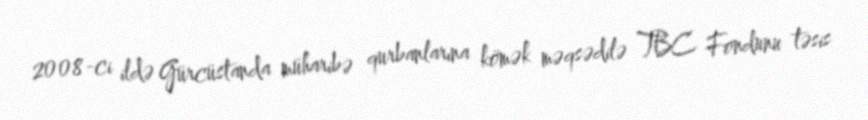
2008-ci ildə Gürcüstanda müharibə qurbanlarına kömək məqsədilə TBC Fondunu təsis